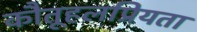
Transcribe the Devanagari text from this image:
कौतूहलप्रियता